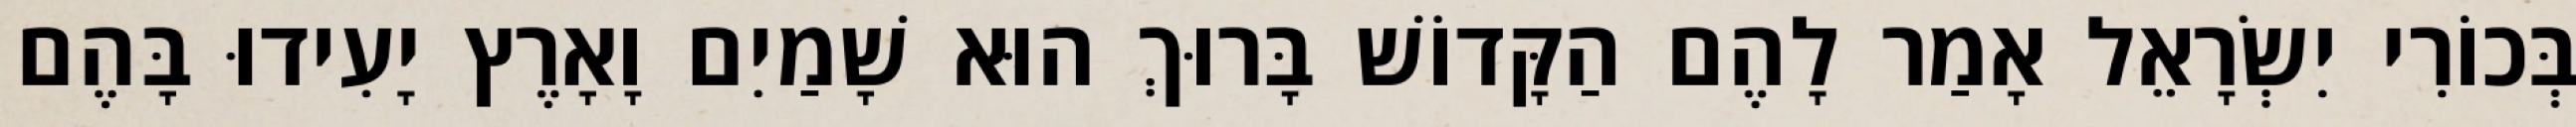
בְּכוֹרִי יִשְׂרָאֵל אָמַר לָהֶם הַקָּדוֹשׁ בָּרוּךְ הוּא שָׁמַיִם וָאָרֶץ יָעִידוּ בָּהֶם